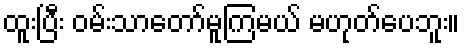
ထူးပြီး ဝမ်းသာတော်မူကြမယ် မဟုတ်ပေဘူး။